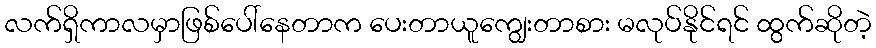
လက်ရှိကာလမှာဖြစ်ပေါ်နေတာက ပေးတာယူကျွေးတာစား မလုပ်နိုင်ရင် ထွက်ဆိုတဲ့